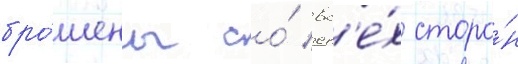
бро́шены со́ вс'е́х сторо́н